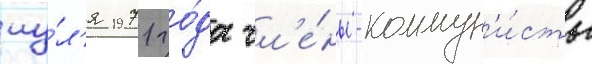
иу́л'я 1971 го́да чл'е́ны-коммун'и́сты